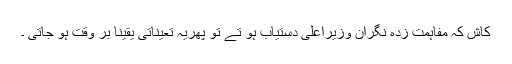
کاش کہ مفاہمت زدہ نگران وزیرِاعلیٰ دستیاب ہو تے تو پھریہ تعیناتی یقینا بر وقت ہو جاتی ۔